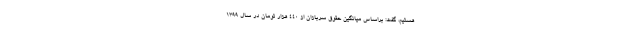
هستیم، گفت: براساس میانگین حقوق سربازان از ۴۴۰ هزار تومان در سال ۱۳۹۹